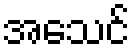
အေသင်